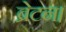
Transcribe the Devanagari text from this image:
ब्रेटन।